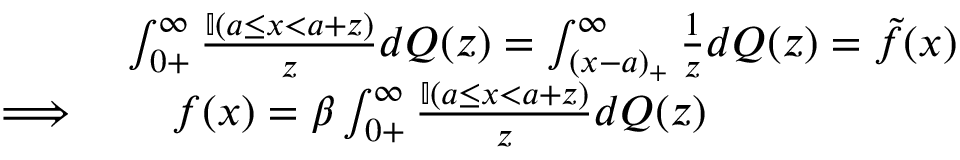
\begin{array} { r l } & { \int _ { 0 + } ^ { \infty } \frac { \mathbb { I } ( a \leq x < a + z ) } { z } d Q ( z ) = \int _ { ( x - a ) _ { + } } ^ { \infty } \frac { 1 } { z } d Q ( z ) = \tilde { f } ( x ) } \\ { \implies } & { \quad f ( x ) = \beta \int _ { 0 + } ^ { \infty } \frac { \mathbb { I } ( a \leq x < a + z ) } { z } d Q ( z ) } \end{array}